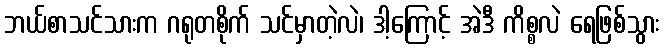
ဘယ်စာသင်သားက ဂရုတစိုက် သင်မှာတဲ့လဲ၊ ဒါ့ကြောင့် အဲဒီ ကိစ္စလဲ ရေဖြစ်သွား